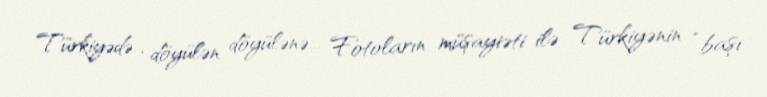
Türkiyədə... döyülən döyülənə... Fotoların müşayiəti ilə Türkiyənin “başı